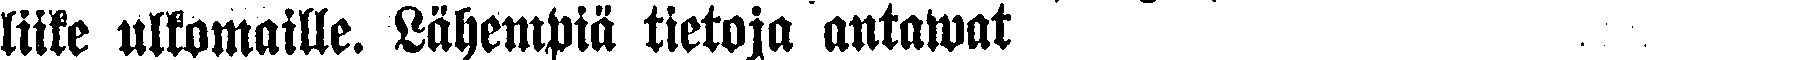
miike ulkomaille. Lähempiä tietoja antawat